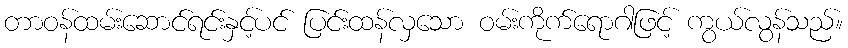
တာဝန်ထမ်းဆောင်ရင်းနှင့်ပင် ပြင်းထန်လှသော ဝမ်းကိုက်ရောဂါဖြင့် ကွယ်လွန်သည်။